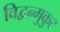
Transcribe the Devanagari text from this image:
विद्वन्मुकुट